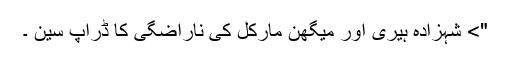
"> شہزادہ ہیری اور میگھن مارکل کی ناراضگی کا ڈراپ سین ۔